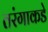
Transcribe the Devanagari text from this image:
तरंगाकडे